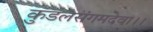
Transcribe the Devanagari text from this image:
कुडलसंगमदेवा।।